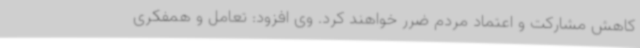
کاهش مشارکت و اعتماد مردم ضرر خواهند کرد. وی افزود: تعامل و همفکری